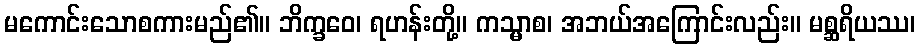
မကောင်းသောစကားမည်၏။ ဘိက္ခဝေ၊ ရဟန်းတို့။ ကသ္မာစ၊ အဘယ်အကြောင်းလည်း။ မစ္ဆရိယဿ၊